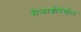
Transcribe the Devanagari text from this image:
सैन्याशीदेखील